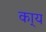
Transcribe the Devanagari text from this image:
का्य